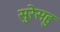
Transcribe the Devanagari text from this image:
सुरेसहु